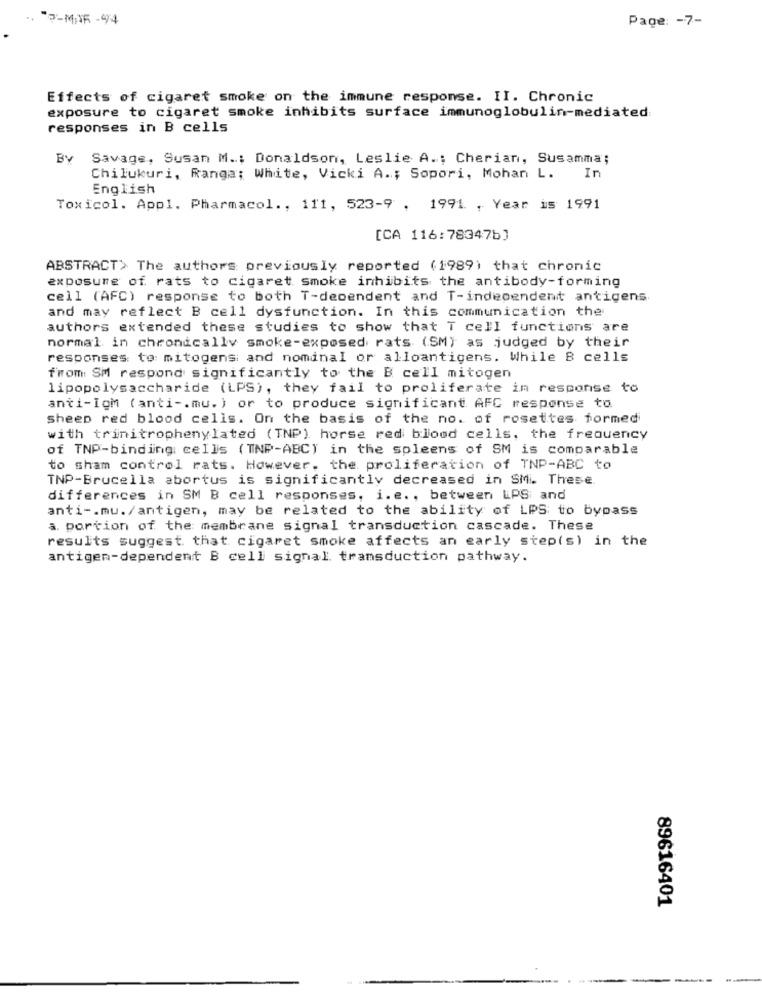
-MAR -994
Page: - 7-
Effects of cigaret smoke on the immune response. II. Chronic
exposure to cigaret smoke inhibits surface immunoglobulin-mediated:
responses in B cells
By Savage, Susan M .; Donaldson, Leslie A .; Cherian, Susamma;
Chilukuri, Ranga; White, Vicki A .; Sopori, Mohan L. In
English
Toxicol. Appl. Pharmacol ., 111, 523-9 , 1991. , Year is 1991
[CA 116:78347b]
ABSTRACT> The authors previously reported (1989) that chronic
exposure of rats to cigaret smoke inhibits the antibody-forming
cell (AFC) response to both T-dependent and T-independent antigens
and may reflect B cell dysfunction. In this communication the
authors extended these studies to show that T cell functions are
normal in chronically smoke-exposed rats (SM) as judged by their
responses to mitogensi and nominal or alloantigens. While B cells
from SM respond significantly to the B cell mitogen
lipopolysaccharide (LPS), they fail to proliferate in response to
anti-Iom (anti -. mu.) or to produce significant AFC response to
Sheep red blood cells. On the basis of the no. of rosettes formed
with trinitrophenylated (TNP) horse red blood cells, the frequency
of TNP-binding cells (TNP-ABC) in the spleens of SM is comparable
to sham control rats. However, the proliferation of TNP-ABC to
TNP-Brucella abortus is significantly decreased in SMi. These.
differences in SM B cell responses, i.e ., between LPS and
anti -. mu./antigen, may be related to the ability of LPS to bypass
a. portion of the membrane signal transduction cascade. These
results suggest that cigaret smoke affects an early step(s) in the
antigen-dependent B cell signal transduction pathway.
89616401